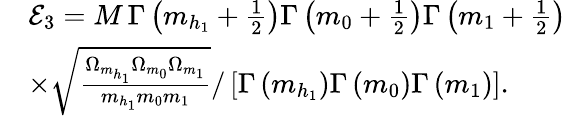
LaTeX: \begin{array}{rl}&{\mathcal{E}_{3}=M\, \Gamma\left(m_{h_{1}}+\frac{1}{2}\right)\Gamma\left(m_{0}+\frac{1}{2}\right)\Gamma\left(m_{1}+\frac{1}{2}\right)}\\ &{\times\sqrt{\frac{\Omega_{m_{h_{1}}}\Omega_{m_{0}}\Omega_{m_{1}}}{m_{h_{1}}m_{0}m_{1}}}/\left[\Gamma\left(m_{h_{1}}\right)\Gamma\left(m_{0}\right)\Gamma\left(m_{1}\right)\right].}\end{array}